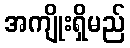
အကျိုးရှိမည်